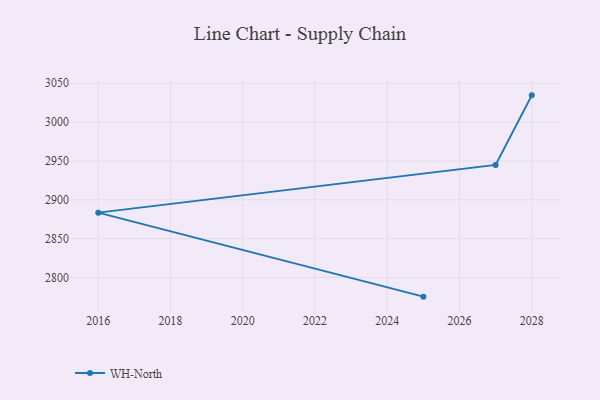
{"axis": {"x": "Year", "y": "Churn Rate (%)"}, "legend": ["WH-North"], "data": [{"x": "2025", "y": 2775.4, "type": "WH-North"}, {"x": "2016", "y": 2883.5, "type": "WH-North"}, {"x": "2027", "y": 2944.9, "type": "WH-North"}, {"x": "2028", "y": 3034.4, "type": "WH-North"}]}